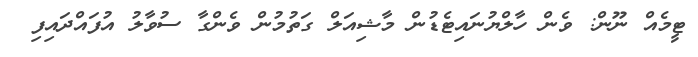
ޓީމެއް ނޫން: ވެން ހާލްޔުނައިޓެޑުން މާޝިއަލް ގަތުމުން ވެންގާ ސުވާލު އުފައްދައިފި